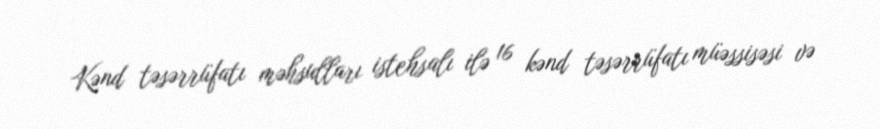
Kənd təsərrüfatı məhsulları istehsalı ilə 16 kənd təsərrüfatı müəssisəsi və